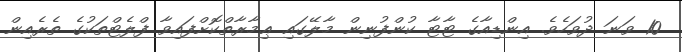
10 ވަނަ ދުވަހެވެ. އިންޑިއާގެ ޓާޓާ ކުންފުނިން މާލޭގައި ޢިމާރާތްކޮށްފައިވާ ފްލެޓްތަކުގެ ތެރެއިން